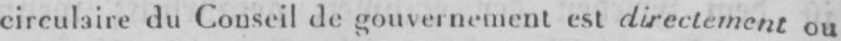
circulaire du Conseil de gouvernement est directement ou